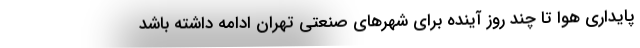
پایداری هوا تا چند روز آینده برای شهرهای صنعتی تهران ادامه داشته باشد